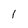
Character: I